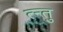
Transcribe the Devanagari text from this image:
त्न्तु